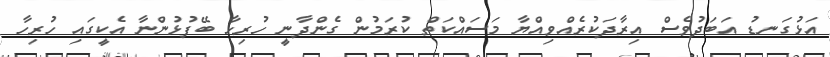
އަޅުގަނޑު އަބަދުވެސް އިރާދަކުރެއްވިއްޔާ މަސައްކަތް ކުރަމުން ގެންދާނީ ހުރިހާ ބޭފުޅުންނާ އެކީގައި ހުރިހާ